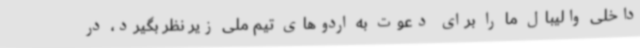
داخلی والیبال ما را برای دعوت به اردوهای تیم ملی زیر نظر بگیرد، در